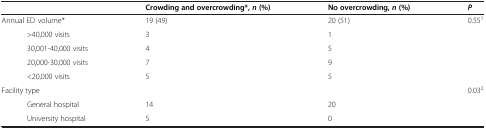
<table><thead><tr><td><b> </b></td><td><b>Crowding and overcrowding*, <i>n </i>(%)</b></td><td><b>No overcrowding, <i>n </i>(%)</b></td><td><b><i>P</i></b></td></tr></thead><tbody><tr><td>Annual ED volume*</td><td>19 (49)</td><td>20 (51)</td><td>0.55<sup>1</sup></td></tr><tr><td>&gt;40,000 visits</td><td>3</td><td>1</td><td> </td></tr><tr><td>30,001-40,000 visits</td><td>4</td><td>5</td><td> </td></tr><tr><td>20,000-30,000 visits</td><td>7</td><td>9</td><td> </td></tr><tr><td>&lt;20,000 visits</td><td>5</td><td>5</td><td> </td></tr><tr><td>Facility type</td><td> </td><td> </td><td>0.03<sup>2</sup></td></tr><tr><td>General hospital</td><td>14</td><td>20</td><td> </td></tr><tr><td>University hospital</td><td>5</td><td>0</td><td> </td></tr></tbody></table>